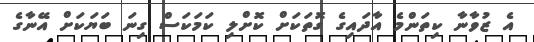
އެ ޒުވާނާ ކިތަންމެ އާދައިގެ ގޮތަކަށް ކޮށްލި ކަމަކަސް ގިނަ ބަޔަކަށް އޭނާގެ